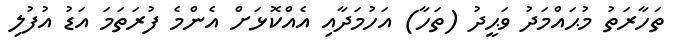
ތަހާރަތު މުޙައްމަދު ވަޙީދު (ތަހާ) އަހުމަދާއި އެއްކޮޅަށް އެންމެ ފުރަތަމަ އަޑު އުފުލި